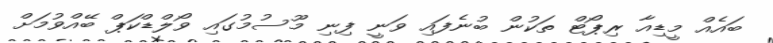
ބައެއް މީޑިއާ ރިޕޯޓް ތަކުން ބުނެފައި ވަނީ ފިނި މޫސުމުގައި ވޯލްޑްކަޕް ބޭއްވުމަށް